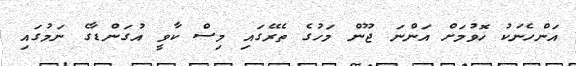
އަންހެނަކު ހޮވުމަށް އަންނަ ޖޫން މަހުގެ ތެރޭގައި މިސް ކާވީ އުގަންޑާގެ ނަމުގައި